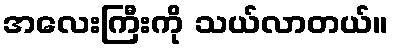
အလေးကြီးကို သယ်လာတယ်။